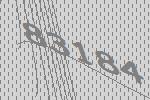
83184